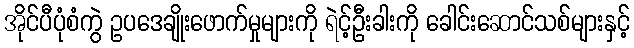
အိုင်ပီပုံစံကွဲ ဥပဒေချိုးဖောက်မှုများကို ရဲင့်ဦးခါးကို ခေါင်းဆောင်သစ်များနှင့်